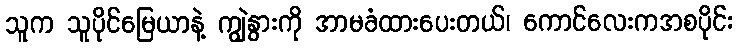
သူက သူပိုင်မြေယာနဲ့ ကျွဲနွားကို အာမခံထားပေးတယ်၊ ကောင်လေးကအစပိုင်း